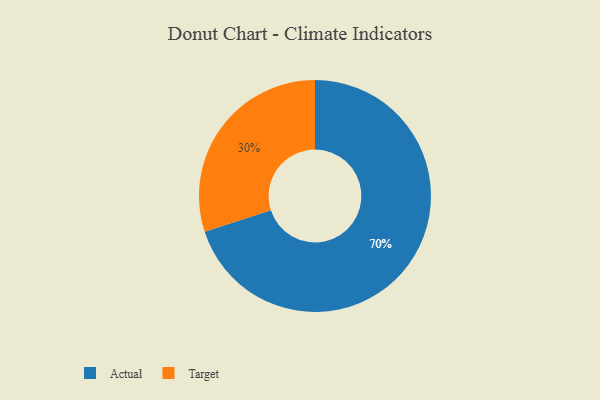
{"axis": {"x": "Category", "y": "Percentage"}, "legend": ["Actual", "Target"], "data": [{"x": "Target", "y": 30, "type": "Target"}, {"x": "Actual", "y": 70, "type": "Actual"}]}